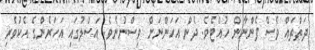
ދަތްތައް ވެސް ފެންނާން ހުއްޓެވެ. ދެން އަހަންނަށް ވިސްނުނެވެ. އަސްލުގައި އަހަރެންގެ އެކުވެރި